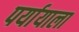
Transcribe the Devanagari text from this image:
पर्यायाला